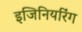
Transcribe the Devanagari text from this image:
इजिनियरिंग